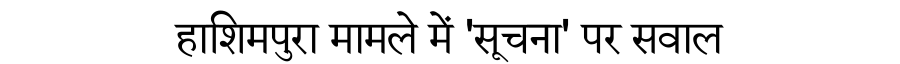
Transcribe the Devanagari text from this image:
हाशिमपुरा मामले में 'सूचना' पर सवाल